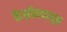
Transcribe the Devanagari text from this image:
केसीनपासून